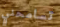
تسامحني